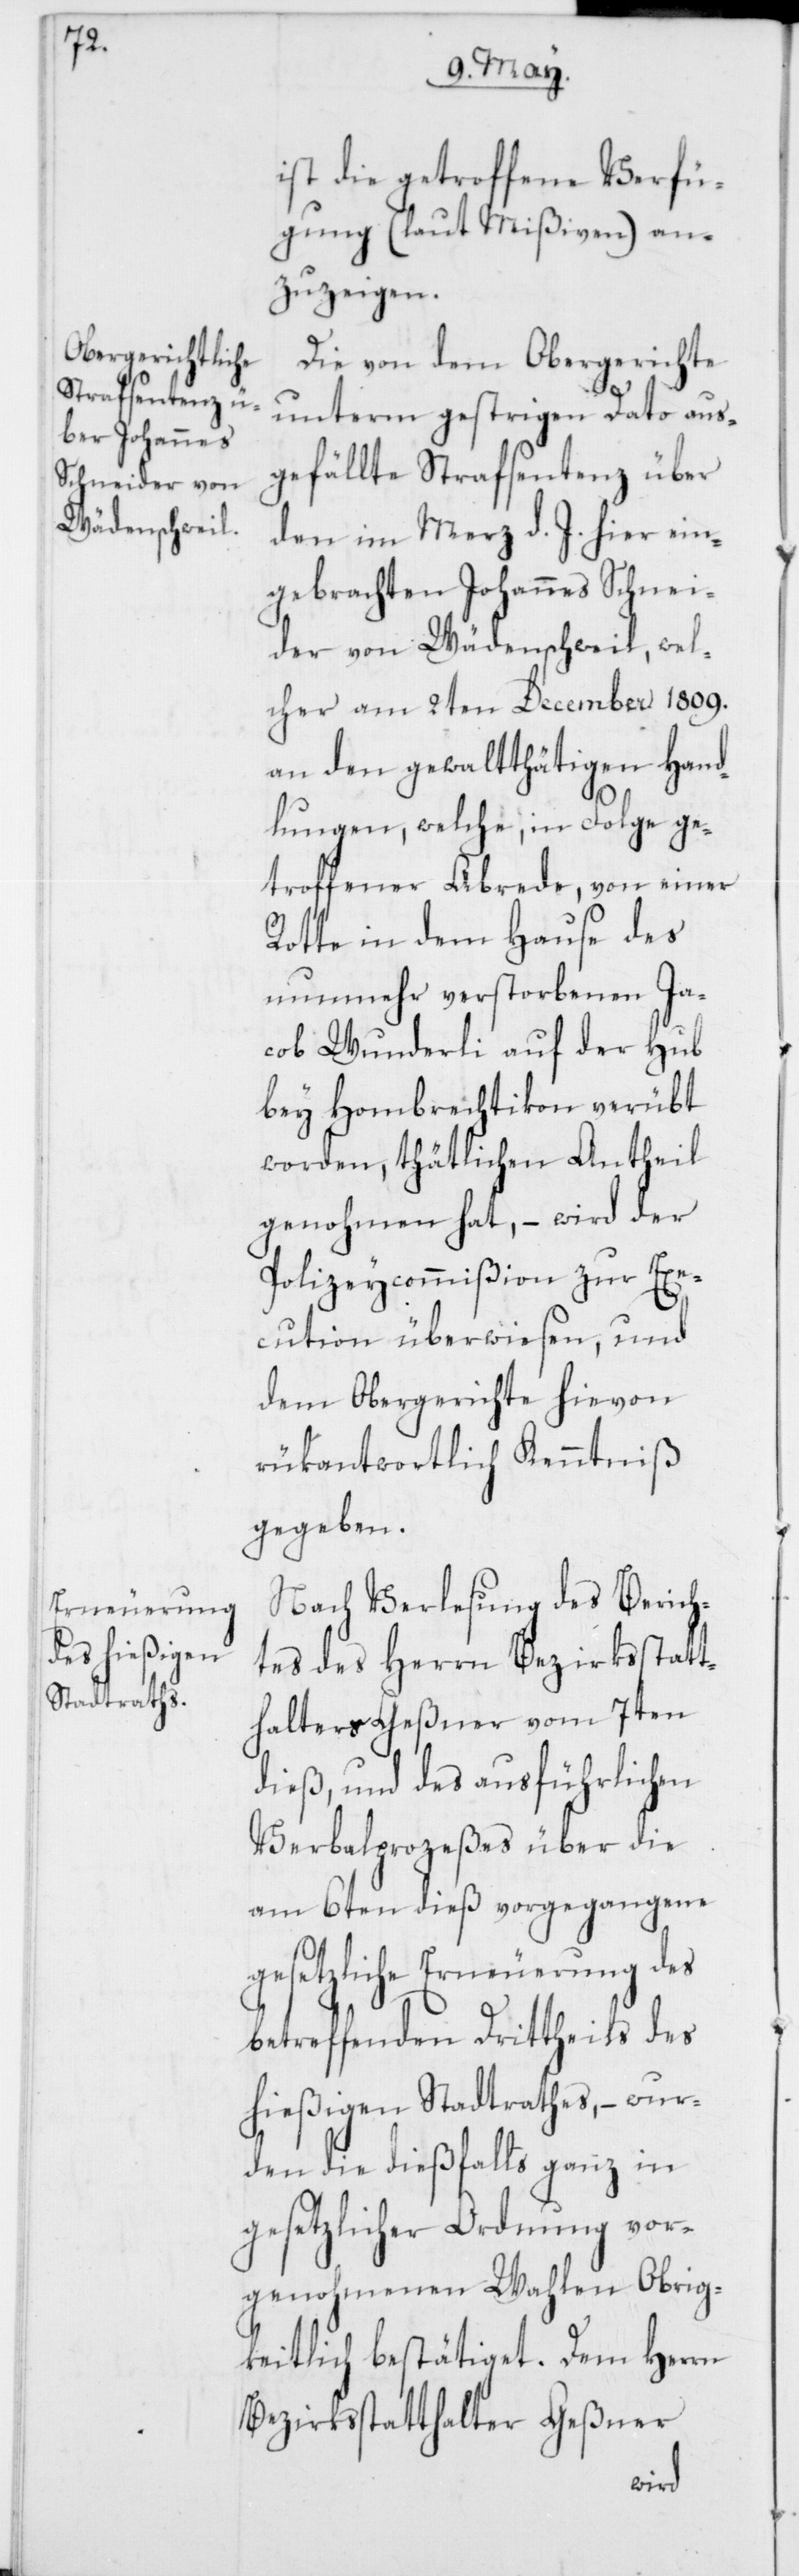
Obergerichte

ist die getroffene Verfü¬
gung (laut Mißiven) an¬
zuzeigen.
Die von dem Obergerichte
unterm gestrigen Dato aus¬
gefällte Strafsentenz über
den im Merz d. J. hier ein¬
gebrachten Johannes Schnei¬
der von Wädenschweil, wel¬
cher am 2ten December 1809.
an den gewaltthätigen Hand¬
lungen, welche, in Folge ge¬
troffener Abrede, von einer
Rotte in dem Hause des
nunmehr verstorbenen Ja¬
cob Wunderli auf der Hub
bey Hombrechtikon verübt
worden, thätlichen Antheil
genohmen hat, – wird der
Polizeycommißion zur Exe¬
cution überwiesen, und
rükantwortlich Kenntniß
gegeben.
Nach Verlesung des Berich¬
tes des Herrn Bezirksstatt¬
halters Geßner vom 7ten
dieß, und des ausführlichen
Verbalprozeßes über die
am 6ten dieß vorgegangene
gesetzliche Erneuerung des
betreffenden Drittheil des
hießigen Stadtrathes, – wur¬
den die dießfalls ganz in
gesetzlicher Ordnung vor¬
genohmenen Wahlen Obrig¬
keitlich bestätiget. Dem Herrn
Bezirksstatthalter Geßner